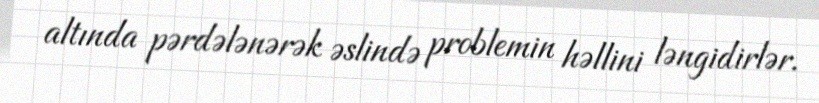
altında pərdələnərək əslində problemin həllini ləngidirlər.